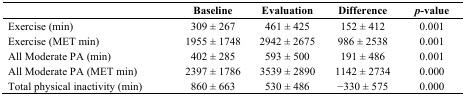
<table><thead><tr><td></td><td><b>Baseline</b></td><td><b>Evaluation</b></td><td><b>Difference</b></td><td><b><i>p</i>-value</b></td></tr></thead><tbody><tr><td>Exercise (min)</td><td>309 ± 267</td><td>461 ± 425</td><td>152 ± 412</td><td>0.001</td></tr><tr><td>Exercise (MET min)</td><td>1955 ± 1748</td><td>2942 ± 2675</td><td>986 ± 2538</td><td>0.001</td></tr><tr><td>All Moderate PA (min)</td><td>402 ± 285</td><td>593 ± 500</td><td>191 ± 486</td><td>0.001</td></tr><tr><td>All Moderate PA (MET min)</td><td>2397 ± 1786</td><td>3539 ± 2890</td><td>1142 ± 2734</td><td>0.000</td></tr><tr><td>Total physical inactivity (min)</td><td>860 ± 663</td><td>530 ± 486</td><td>−330 ± 575</td><td>0.000</td></tr></tbody></table>